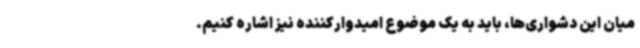
میان این دشواری‌ها، باید به یک موضوع امیدوارکننده نیز اشاره کنیم.